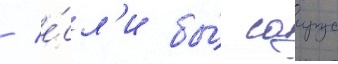
/ е́сл'и бы́ саирус